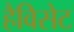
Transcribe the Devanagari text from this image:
हैविसेट